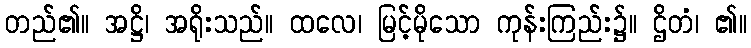
တည်၏။ အဋ္ဌိ၊ အရိုးသည်။ ထလေ၊ မြင့်မိုသော ကုန်းကြည်း၌။ ဌိတံ၊ ၏။